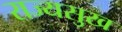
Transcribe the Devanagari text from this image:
राज्यसुख